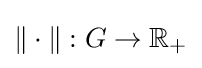
{\textstyle \|\cdot \|:G\to \mathbb {R} _{+}}